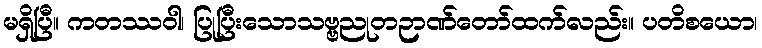
မရှိပြီ။ ကတဿဝါ၊ ပြုပြီးသောသဗ္ဗညုတဉာဏ်တော်ထက်လည်း။ ပတိစယော၊